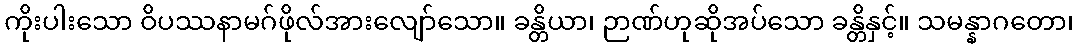
ကိုးပါးသော ဝိပဿနာမဂ်ဖိုလ်အားလျော်သော။ ခန္တိယာ၊ ဉာဏ်ဟုဆိုအပ်သော ခန္တိနှင့်။ သမန္နာဂတော၊